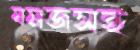
যমজসহ